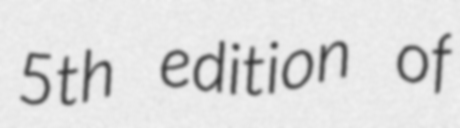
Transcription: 5th edition of